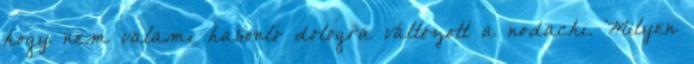
hogy nem valami hasonló dologra változott a nodachi. Milyen